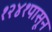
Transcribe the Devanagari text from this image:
१२४१पासून